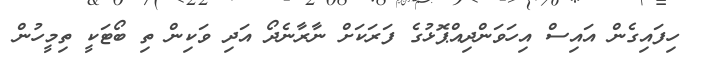
ހިފައިގެން އައިސް އިހަވަންދިއްޕޮޅުގެ ފަރަކަށް ނާރާނެދޯ އަދި ވަކިން ތި ބޯޓަކީ ތިމީހުން